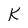
Character: K